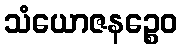
သံယောဇနဉ္စေဝ